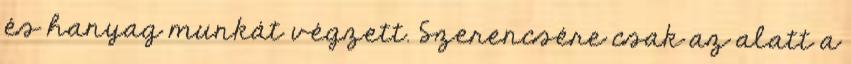
és hanyag munkát végzett. Szerencsére csak az alatt a